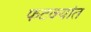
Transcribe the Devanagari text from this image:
फटक्यांत